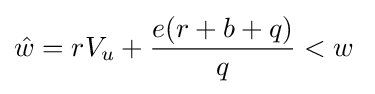
{\hat {w}}=rV_{u}+{\frac {e(r+b+q)}{q}}<w\;